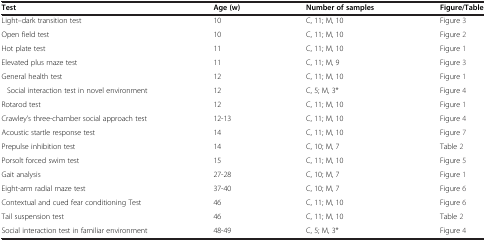
| Test | Age (w) | Number of samples | Figure/Table |
 | --- | --- | --- | --- |
 | Light–dark transition test | 10 | C, 11; M, 10 | Figure 3 |
 | Open field test | 10 | C, 11; M, 10 | Figure 2 |
 | Hot plate test | 11 | C, 11; M, 10 | Figure 1 |
 | Elevated plus maze test | 11 | C, 11; M, 9 | Figure 3 |
 | General health test | 12 | C, 11; M, 10 | Figure 1 |
 | Social interaction test in novel environment | 12 | C, 5; M, 3* | Figure 4 |
 | Rotarod test | 12 | C, 11; M, 10 | Figure 1 |
 | Crawley’s three-chamber social approach test | 12-13 | C, 11; M, 10 | Figure 4 |
 | Acoustic startle response test | 14 | C, 11; M, 10 | Figure 7 |
 | Prepulse inhibition test | 14 | C, 10; M, 7 | Table 2 |
 | Porsolt forced swim test | 15 | C, 11; M, 10 | Figure 5 |
 | Gait analysis | 27-28 | C, 10; M, 7 | Figure 1 |
 | Eight-arm radial maze test | 37-40 | C, 10; M, 7 | Figure 6 |
 | Contextual and cued fear conditioning Test | 46 | C, 11; M, 10 | Figure 6 |
 | Tail suspension test | 46 | C, 11; M, 10 | Table 2 |
 | Social interaction test in familiar environment | 48-49 | C, 5; M, 3* | Figure 4 |